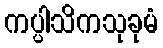
ကပ္ပါသိကသုခုမံ